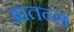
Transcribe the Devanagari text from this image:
आतन्स